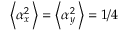
\left\langle \alpha _ { x } ^ { 2 } \, \right\rangle = \left\langle \alpha _ { y } ^ { 2 } \, \right\rangle = 1 / 4